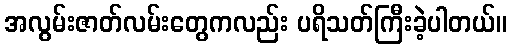
အလွမ်းဇာတ်လမ်းတွေကလည်း ပရိသတ်ကြီးခဲ့ပါတယ်။